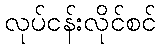
လုပ်ငန်းလိုင်စင်